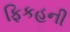
ફિકહની